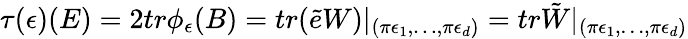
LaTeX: \tau(\epsilon)(E)=2tr\phi_{\epsilon}(B)=tr(\tilde{e}W)|_{(\pi\epsilon_{1},\dots,\pi\epsilon_{d})}=tr\tilde{W}|_{(\pi\epsilon_{1},\dots,\pi\epsilon_{d})}